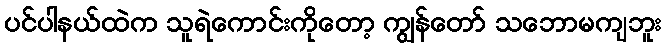
ပင်ပါနယ်ထဲက သူရဲကောင်းကိုတော့ ကျွန်တော် သဘောမကျဘူး